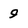
Character: 9